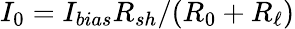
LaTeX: I_{0}=I_{bias}R_{sh}/(R_{0}+R_{\ell})